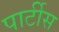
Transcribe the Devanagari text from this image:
पार्टीस